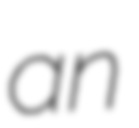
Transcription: an